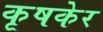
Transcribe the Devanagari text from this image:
कृषकेर